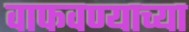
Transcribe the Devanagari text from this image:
वाफवण्याच्या